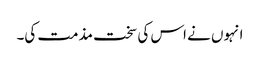
انہوں نے اس کی سخت مذمت کی۔